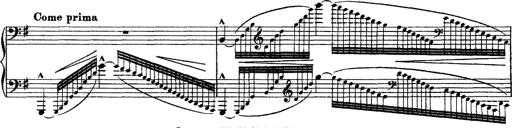
Title: Grandes Ã©tudes de Paganini
Composer: Franz Liszt